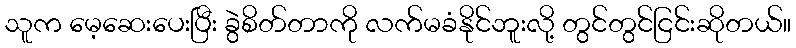
သူက မေ့ဆေးပေးပြီး ခွဲစိတ်တာကို လက်မခံနိုင်ဘူးလို့ တွင်တွင်ငြင်းဆိုတယ်။